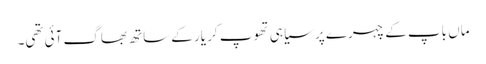
ماں باپ کے چہرے پر سیاہی تھوپ کر یار کے ساتھ بھاگ آئی تھی۔